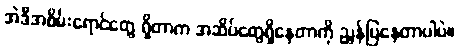
အဲဒီအစိမ်းရောင်တွေ ရှိတာက အဆိပ်တွေရှိနေတာကို ညွှန်ပြနေတာပါပဲ။